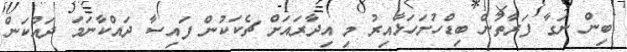
ބިން ނަގާ ފަރާތުން ބިޑްހުށަހަޅާއިރު މި އިދާރައަށް ޗެކަކުން ފައިސާ ދައްކާނަމަ ދައްކަން